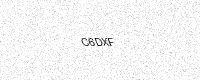
Text: C6DXF